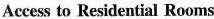
Access to Residential Rooms